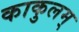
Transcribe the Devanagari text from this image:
काकुलम्